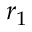
r _ { 1 }